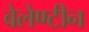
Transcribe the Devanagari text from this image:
वेलेण्टीन